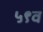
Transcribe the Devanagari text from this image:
५९व